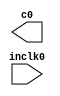
module enet_rx_clk_pll (
	inclk0,
	c0);

	input	  inclk0;
	output	  c0;

endmodule